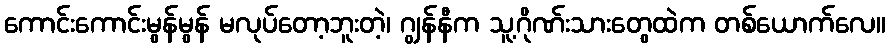
ကောင်းကောင်းမွန်မွန် မလုပ်တော့ဘူးတဲ့၊ ဂျွန်နီက သူ့ဂိုဏ်းသားတွေထဲက တစ်ယောက်လေ။